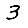
Digit: 3